Vaccination in the Punjab 1867-1880 - 1867-1880
Year: 1867
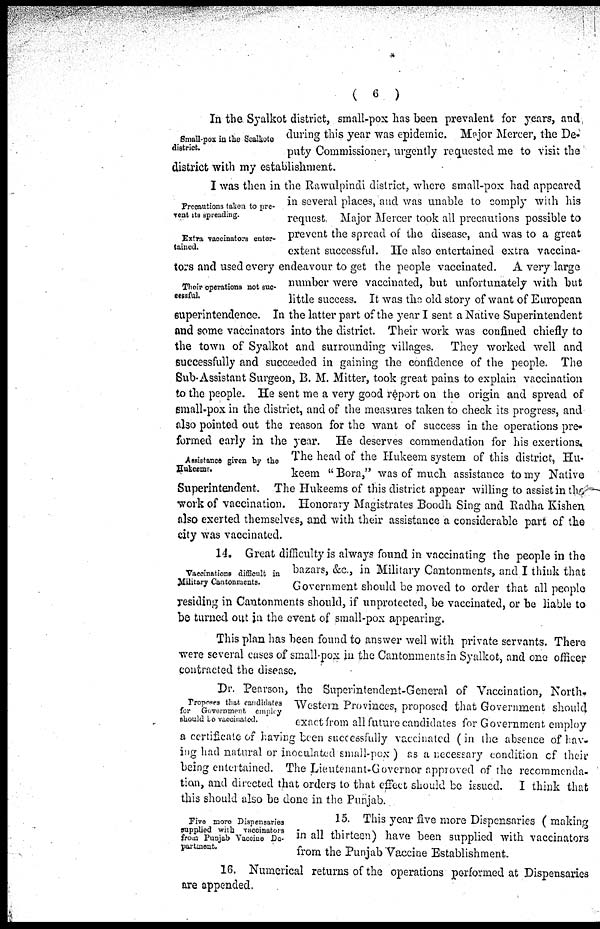
( 6 )
Small-pox in the Sealkote
district.
In the Syalkot district, small-pox has been prevalent for years, and
during this year was epidemic. Major Mercer, the De-
puty Commissioner, urgently requested me to visit the
district with my establishment.
Precautions taken to pre-
vent its spreading.
Extra vaccinators enter-
tained.
Their operations not suc-
cessful.
Assistance given by the
Hukeems.
I was then in the Rawulpindi district, where small-pox had appeared
in several places, and was unable to comply with his
request Major Mercer took all precautions possible to
prevent the spread of the disease, and was to a great
extent successful. He also entertained extra vaccina-
tors and used every endeavour to get the people vaccinated. A very large
number were vaccinated, but unfortunately with but
little success. It was the old story of want of European
superintendence. In the latter part of the year I sent a Native Superintendent
and some vaccinators into the district. Their work was confined chiefly to
the town of Syalkot and surrounding villages. They worked well and
successfully and succeeded in gaining the confidence of the people. The
Sub-Assistant Surgeon, B. M. Mitter, took great pains to explain vaccination
to the people. He sent me a very good report on the origin and spread of
small-pox in the district, and of the measures taken to check its progress, and
also pointed out the reason for the want of success in the operations pre-
formed early in the year. He deserves commendation for his exertions.
The head of the Hukeem system of this district, Hu-
keem "Bora," was of much assistance to my Native
Superintendent. The Hukeems of this district appear willing to assist in the
work of vaccination. Honorary Magistrates Boodh Sing and Radha Kishen
also exerted themselves, and with their assistance a considerable part of the
city was vaccinated.
Vaccinations difficult in
Military Cantonments.
14. Great difficulty is always found in vaccinating the people in the
bazars, &c., in Military Cantonments, and I think that
Government should be moved to order that all people
residing in Cantonments should, if unprotected, be vaccinated, or be liable to
be turned out in the event of small-pox appearing.
This plan has been found to answer well with private servants. There
were several cases of small-pox in the Cantonments in Syalkot, and one officer
contracted the disease.
Proposes that candidates
for Government employ
should be vaccinated.
Dr. Pearson, the Superintendent-General of Vaccination, North-
Western Provinces, proposed that Government should
exact from all future candidates for Government employ
a certificate of having been successfully vaccinated (in the absence of hav-
ing had natural or inoculated small-pox ) as a necessary condition cf their
being entertained. The Lieutenant-Governor approved of the recommenda-
tion, and directed that orders to that effect should be issued. I think that
this should also be done in the Punjab.
Five more Dispensaries
supplied with vaccinators
from Punjab Vaccine De-
partment.
15. This year five more Dispensaries ( making
in all thirteen) have been supplied with vaccinators
from the Punjab Vaccine Establishment.
16. Numerical returns of the operations performed at Dispensaries
are appended.